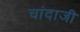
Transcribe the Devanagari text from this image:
चांदाजी